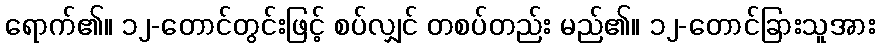
ရောက်၏။ ၁၂-တောင်တွင်းဖြင့် စပ်လျှင် တစပ်တည်း မည်၏။ ၁၂-တောင်ခြားသူအား